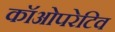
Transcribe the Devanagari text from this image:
कॉओपरेटिव